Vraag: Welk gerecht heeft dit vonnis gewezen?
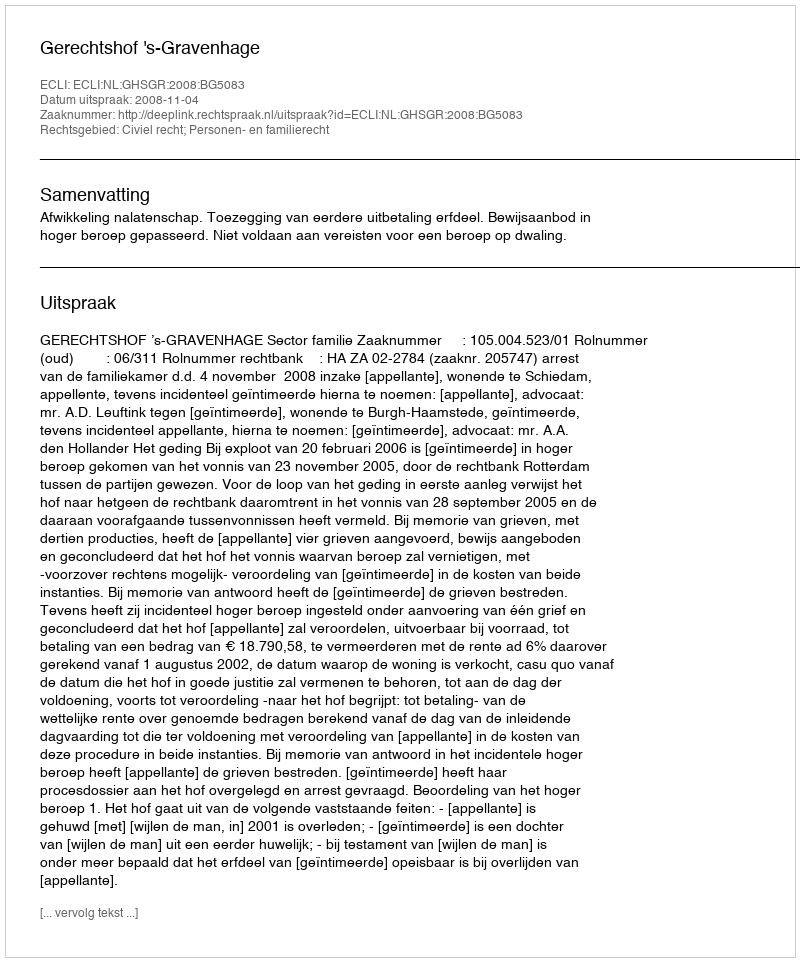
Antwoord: Gerechtshof 's-Gravenhage